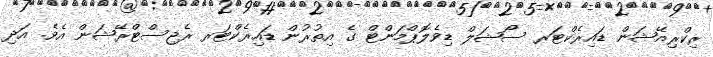
ރިކްރިއޭޝަން ޑައިރެކްޓަރ ސޯޝަލް ޑިވެލޮޕްމަންޓް ގެ އިތުރުން ޑައިރެކްޓަރ ރެޖިސްޓްރޭޝަން އެވެ. އަދި